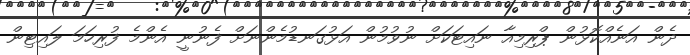
ދެން އަނެއްކޮޅުން ޕްރިމިއާ ނައިޓަކަށް ނުވުމުން އަޅުގަނޑުމެންނަށް ފެނުނީ އެންމެ ފުރިހަމަ ލައިޓިން